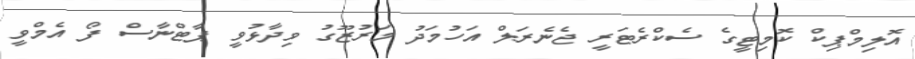
އޮލިމްޕިކް ކޮމިޓީގެ ސެކްރެޓަރީ ޖެނެރަލް އަހުމަދު މަރުޒޫގު ވިދާޅުވީ ޕާޓްނާސް ފޯ އެމްވީ